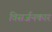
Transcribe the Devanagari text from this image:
विसर्जनकार